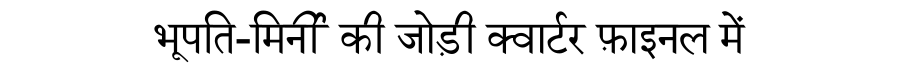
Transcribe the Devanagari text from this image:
भूपति-मिर्नी की जोड़ी क्वार्टर फ़ाइनल में